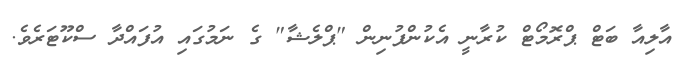
އާލިއާ ބަޓް ޕްރޮމޯޓް ކުރާނީ އެކުންފުނިން "ޕްލެޝާ" ގެ ނަމުގައި އުފައްދާ ސްކޫޓަރެވެ.